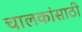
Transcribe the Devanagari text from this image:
चालकांसाठी